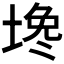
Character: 𰊅